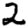
Digit: 2